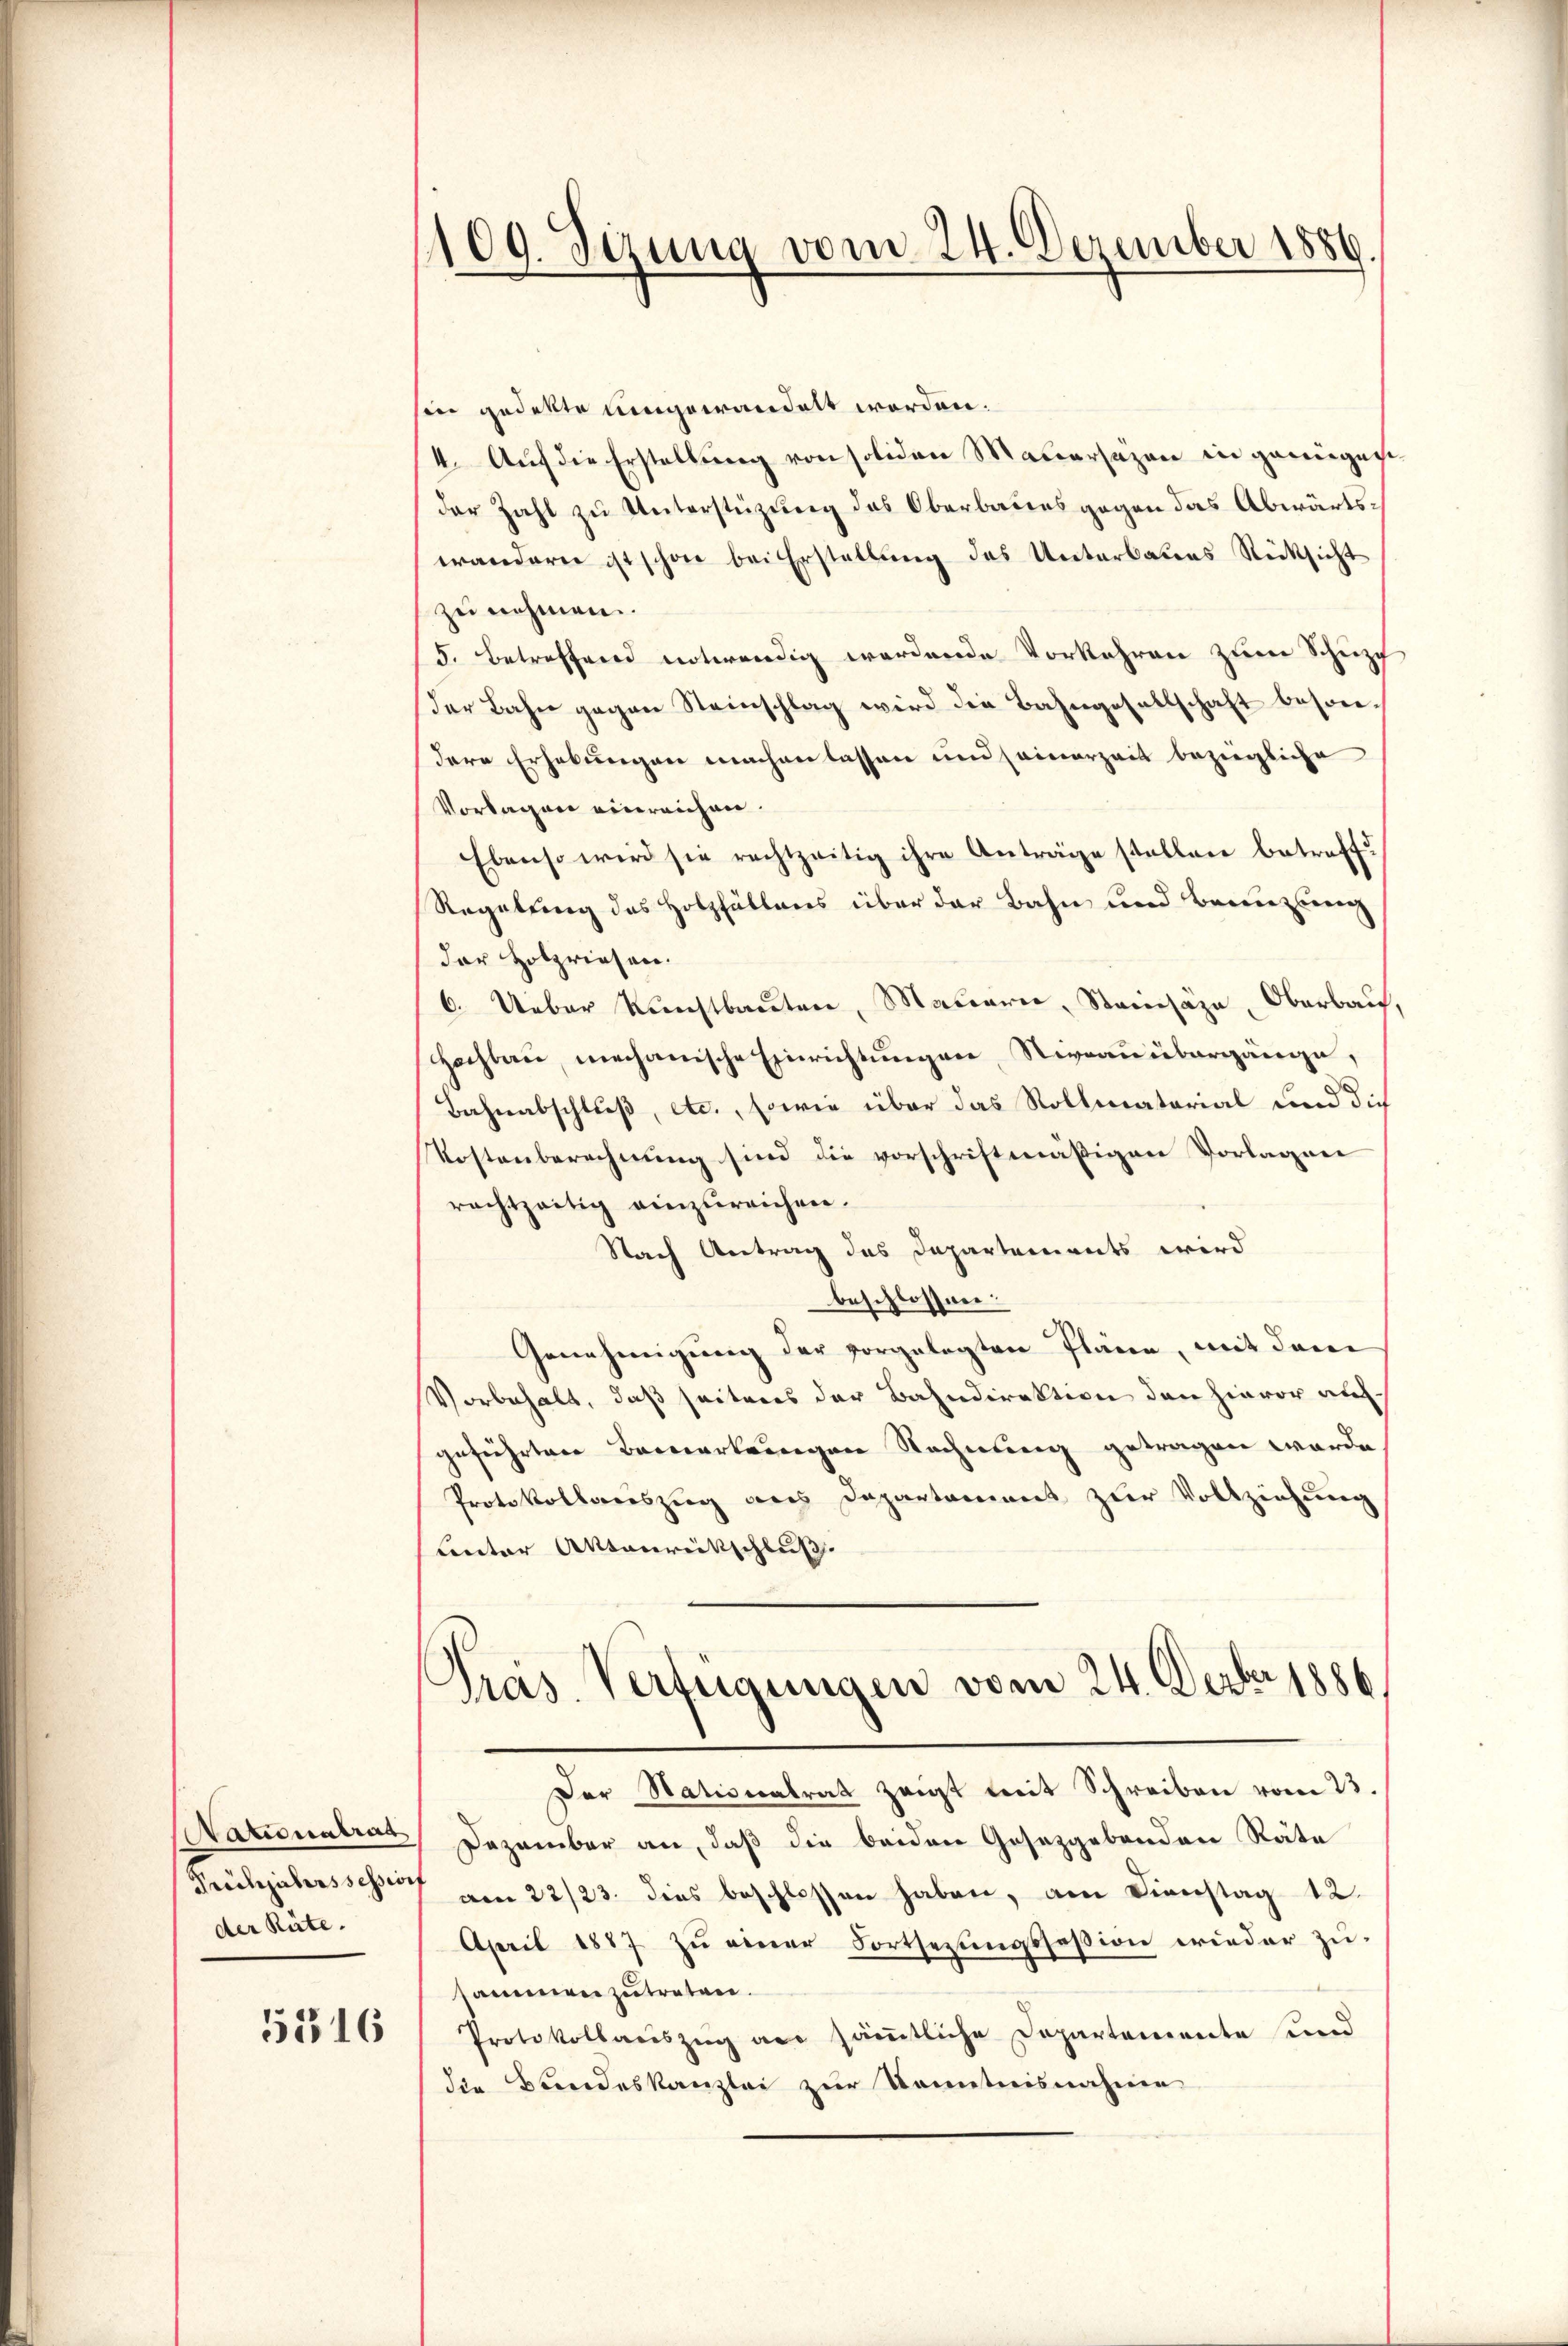
Nationalrat
Frühjahrsschrif
der Rüte.

5316

109. Sizung vom 24. Dezember 1886.

sin gedekte eingewandelt worden.
I. Auf die Erstellung von soliden Mauersagen in gewiegen
der Zahl zu Unterstüzung des Oberbaues gegen das Abwärtswandern ist schon bei Erstellŭng des Unterbaues Rücksicht
zu nehmen.
5. Betreffend notwendig werdende Vorkehren zum Schuzg
Der Bahn gegen Steinschlag wird die Bahngesellschaft besondere Erhebungen machen lassen und seinerzeit bezeigliche
Vorlagen einreichen.
Ebenso wird sie rechtzeitig ihre Anträge stellen betreff¬
Regelung des Holzfällens über der Bahn und Benuzling
der Holzriesen.
6. Ueber Kunstbauten, Mauern, Steinsäze, Oberbau,
Hochbau, mechanische Einrichtungen, Niveau übergänge,
Bahnabschluß, etc., sowie über das Rollmaterial und dich
Kostenberechnung sind die vorschriftmäßigen Vorlagen
rachtzeitig einzureichen.
Nach Antrag des Departements wird
beschlossen.
Genehmigung der vorgelegten Pläne, mit dem
Vorbehalt, daß seitens der Bahndirektion den hievor aufgeführten Bemerkungen Rechnung getragen werde.
Protokollauszug aus Departament zur Vollziehung
Crector Aktenreitschluß
s
Pras Verfügungen vom 24. Dezbr. 1886
Der Stationalrat zeigt mit Schreiben vom 23.
Dezember an, daß die beiden Gesetzgebenden Räte
am 22/23. dies beschlossen haben, am Dienstag 12.
April 1887 zŭ einer Fortsezungssession wieder zusammen zutreten.
Protokollaŭszŭg an säṁtliche Departemente und
die Bundeskanzlei zur Kenntnisnahme